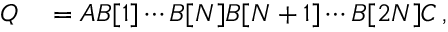
\begin{array} { r l } { Q } & { { } = A B [ 1 ] \cdots B [ N ] B [ N + 1 ] \cdots B [ 2 N ] C \, , } \end{array}